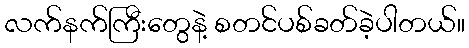
လက်နက်ကြီးတွေနဲ့ စတင်ပစ်ခတ်ခဲ့ပါတယ်။